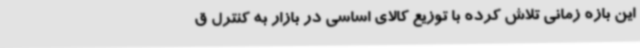
این بازه زمانی تلاش کرده با توزیع کالای اساسی در بازار به کنترل ق